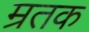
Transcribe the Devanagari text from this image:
म्रतक